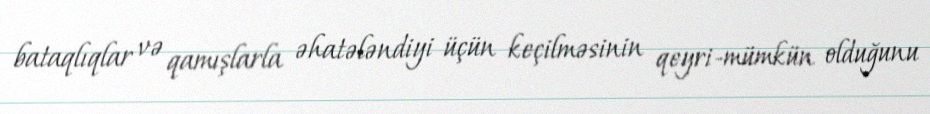
bataqlıqlar və qamışlarla əhatələndiyi üçün keçilməsinin qeyri-mümkün olduğunu